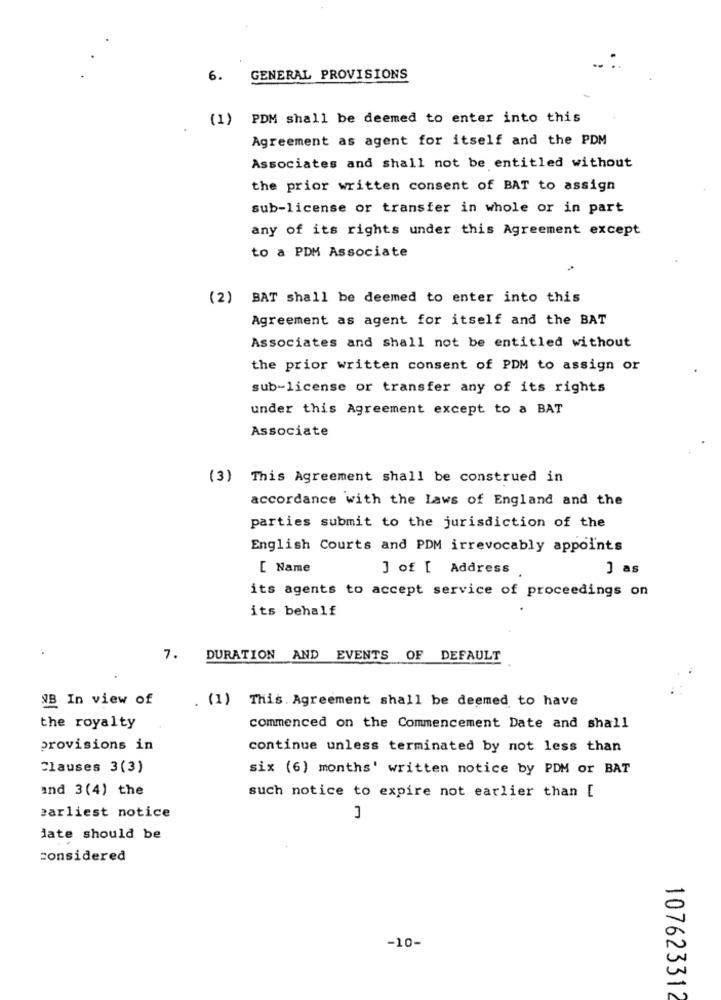
6.
GENERAL PROVISIONS
(1)
PDM shall be deemed to enter into this
Agreement as agent for itself and the PDM
Associates and shall not be entitled without
the prior written consent of BAT to assign
sub-license or transfer in whole or in part
any of its rights under this Agreement except
to a PDM Associate
(2) BAT shall be deemed to enter into this
Agreement as agent for itself and the BAT
Associates and shall not be entitled without
the prior written consent of PDM to assign or
sub-license or transfer any of its rights
under this Agreement except to a BAT
Associate
(3) This Agreement shall be construed in
accordance with the Laws of England and the
parties submit to the jurisdiction of the
English Courts and PDM irrevocably appoints
[ Name
J of [ Address
] as
its agents to accept service of proceedings on
its behalf
7.
DURATION AND EVENTS OF DEFAULT
NB In view of
. (1) This. Agreement shall be deemed to have
the royalty
commenced on the Commencement Date and shall
provisions in
continue unless terminated by not less than
Clauses 3(3)
six (6) months' written notice by PDM or BAT
and 3(4) the
such notice to expire not earlier than [
earliest notice
date should be
considered
-10-
107623312